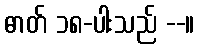
ဓာတ် ၁၈-ပါးသည် --။